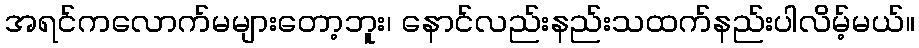
အရင်ကလောက်မများတော့ဘူး၊ နောင်လည်းနည်းသထက်နည်းပါလိမ့်မယ်။